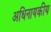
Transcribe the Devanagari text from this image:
अधिनायकीय